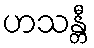
ဟသန္တီ